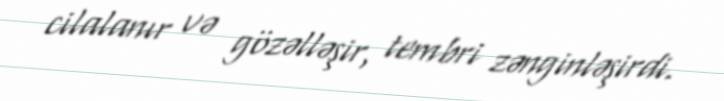
cilalanır və gözəlləşir, tembri zənginləşirdi.